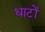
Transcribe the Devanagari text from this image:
धाटों